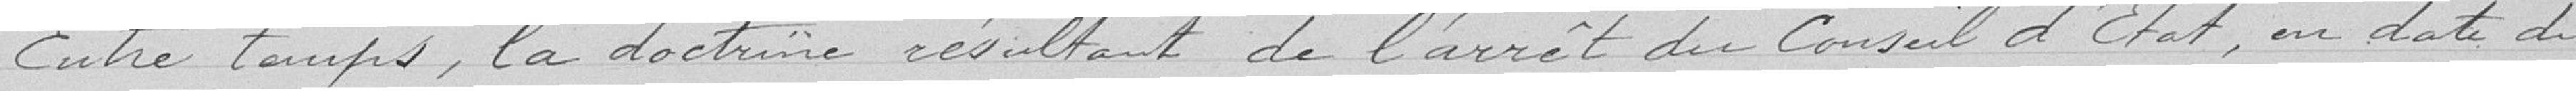
Entre temps, la doctrine résultant du Conseil d'Etat, en date du